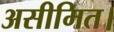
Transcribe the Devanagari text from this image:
असीमित।